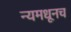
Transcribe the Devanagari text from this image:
न्यमधूनच